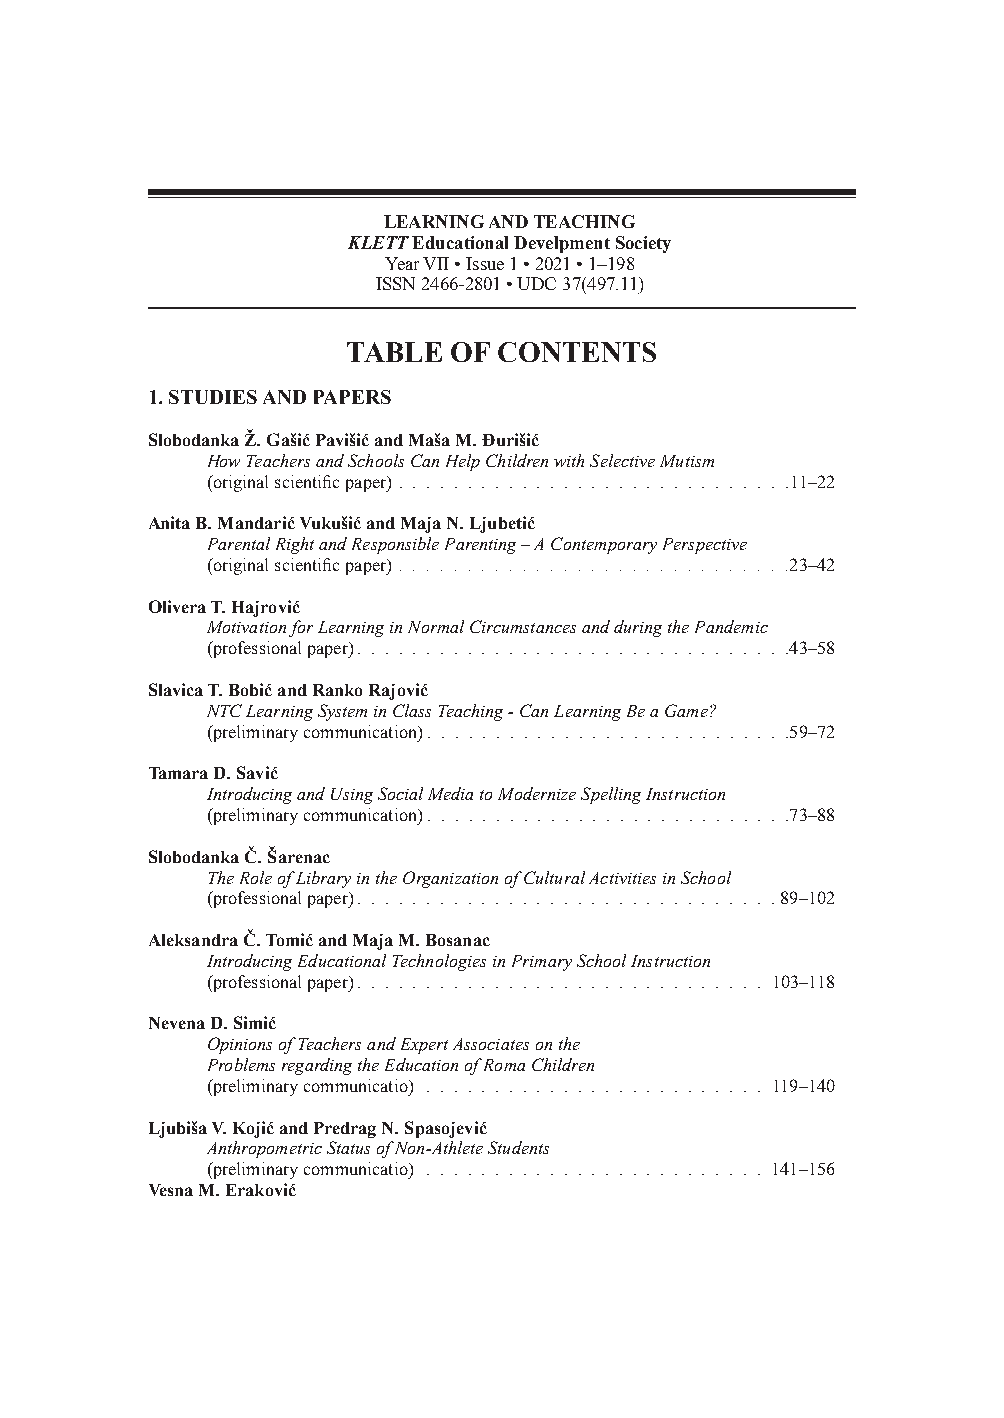
LEARNING AND TEACHING
 KLETT Educational Develpment Society
 Year VII • Issue 1 • 2021 • 1–198
 ISSN 2466-2801 • UDC 37(497.11)
 TABLE  OF CONTENTS
 1. STUDIES AND PAPERS
 Slobodanka Ž. Gašić Pavišić and Maša M. Đurišić
 How Teachers and Schools Can Help Children with Selective Mutism
 (original scientific paper) . . . . . . . . . . . . . . . . . . . . . . . . . . . . .11–22
 Anita B. Mandarić Vukušić and Maja N. Ljubetić
 Parental Right and Responsible Parenting – A Contemporary Perspective
 (original scientific paper) . . . . . . . . . . . . . . . . . . . . . . . . . . . . .23–42
 Olivera T. Hajrović
 Motivation for Learning in Normal Circumstances and during the Pandemic
 (professional paper) . . . . . . . . . . . . . . . . . . . . . . . . . . . . . . . .43–58
 Slavica T. Bobić and Ranko Rajović
 NTC Learning System in Class Teaching - Can Learning Be a Game?
 (preliminary communication). . . . . . . . . . . . . . . . . . . . . . . . . . .59–72
 Tamara D. Savić
 Introducing and Using Social Media to Modernize Spelling Instruction
 (preliminary communication). . . . . . . . . . . . . . . . . . . . . . . . . . .73–88
 Slobodanka Č. Šarenac
 The Role of Library in the Organization of Cultural Activities in School
 (professional paper) . . . . . . . . . . . . . . . . . . . . . . . . . . . . . . . 89–102
 Aleksandra Č. Tomić and Maja M. Bosanac
 Introducing Educational Technologies in Primary School Instruction
 (professional paper) . . . . . . . . . . . . . . . . . . . . . . . . . . . . . . 103–118
 Nevena D. Simić
 Opinions of Teachers and Expert Associates on the
 Problems regarding the Education of Roma Children
 (preliminary communicatio) . . . . . . . . . . . . . . . . . . . . . . . . . 119–140
 Ljubiša V. Kojić and Predrag N. Spasojević
 Anthropometric Status of Non-Athlete Students
 (preliminary communicatio) . . . . . . . . . . . . . . . . . . . . . . . . . 141–156
 Vesna M. Eraković